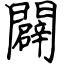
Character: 闢